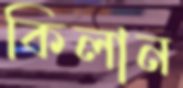
কিলান